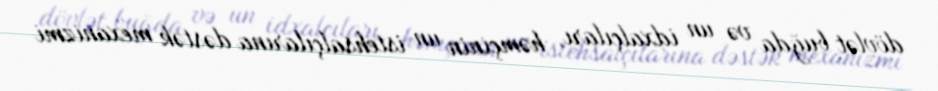
dövlət buğda və un idxalçıları, həmçinin un istehsalçılarına dəstək mexanizmi